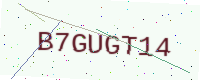
Text: B7GUGT14